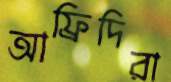
আফ্রিদিরা